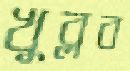
খুব্‌লব